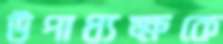
উপাধ্যক্ষকে